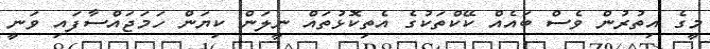
މީގެ އިތުރުން ވެސް ބައެއް ކޭކްތަކުގެ އެތިކޮޅުތައް ނީލަން ކިޔަން ހަމަޖައްސާފައި ވަނީ